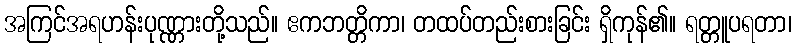
အကြင်အရဟန်းပုဏ္ဏားတို့သည်။ ဧကဘတ္တိကာ၊ တထပ်တည်းစားခြင်း ရှိကုန်၏။ ရတ္တူပရတာ၊